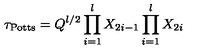
\tau _ { \mathrm { P o t t s } } = Q ^ { l / 2 } \prod _ { i = 1 } ^ { l } X _ { 2 i - 1 } \prod _ { i = 1 } ^ { l } X _ { 2 i }